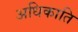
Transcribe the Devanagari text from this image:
अधिकाति